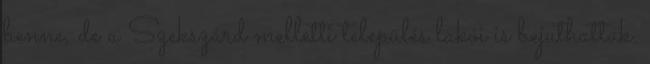
benne, de a Szekszárd melletti település lakói is bejuthattak.